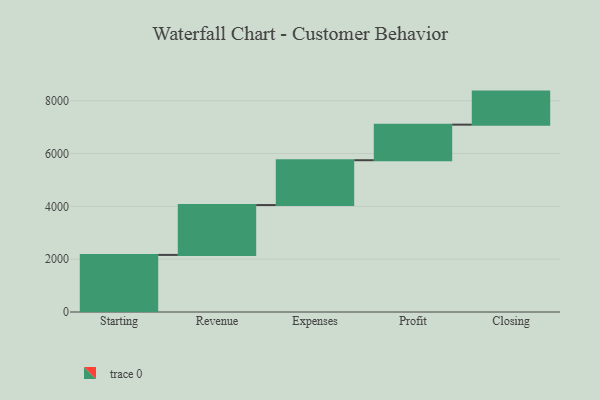
{"axis": {"x": "Step", "y": "Value"}, "legend": [""], "data": [{"x": "Starting", "y": 2161.0, "type": ""}, {"x": "Revenue", "y": 1888.0, "type": ""}, {"x": "Expenses", "y": 1697.0, "type": ""}, {"x": "Profit", "y": 1346.0, "type": ""}, {"x": "Closing", "y": 1251.0, "type": ""}]}